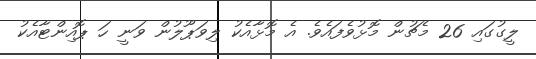
ލީގުގައި 26 މެޗުން މޮޅުވެފައެވެ. އެ މޮޅާއެކު ލިވަޕޫލުން ވަނީ ހަ ޕޮއިންޓާއެކު